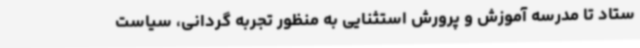
ستاد تا مدرسه آموزش و پرورش استثنایی به منظور تجربه گردانی، سیاست